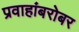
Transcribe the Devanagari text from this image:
प्रवाहांबरोबर